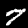
Digit: 7